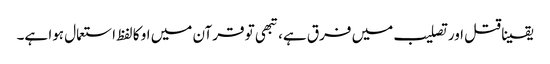
یقینا قتل اور تصلیب میں فرق ہے، تبھی تو قرآن میں او کا لفظ استعمال ہوا ہے۔